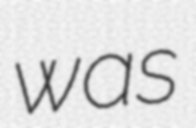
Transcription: was